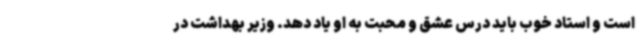
است و استاد خوب باید درس عشق و محبت به او یاد دهد. وزیر بهداشت در